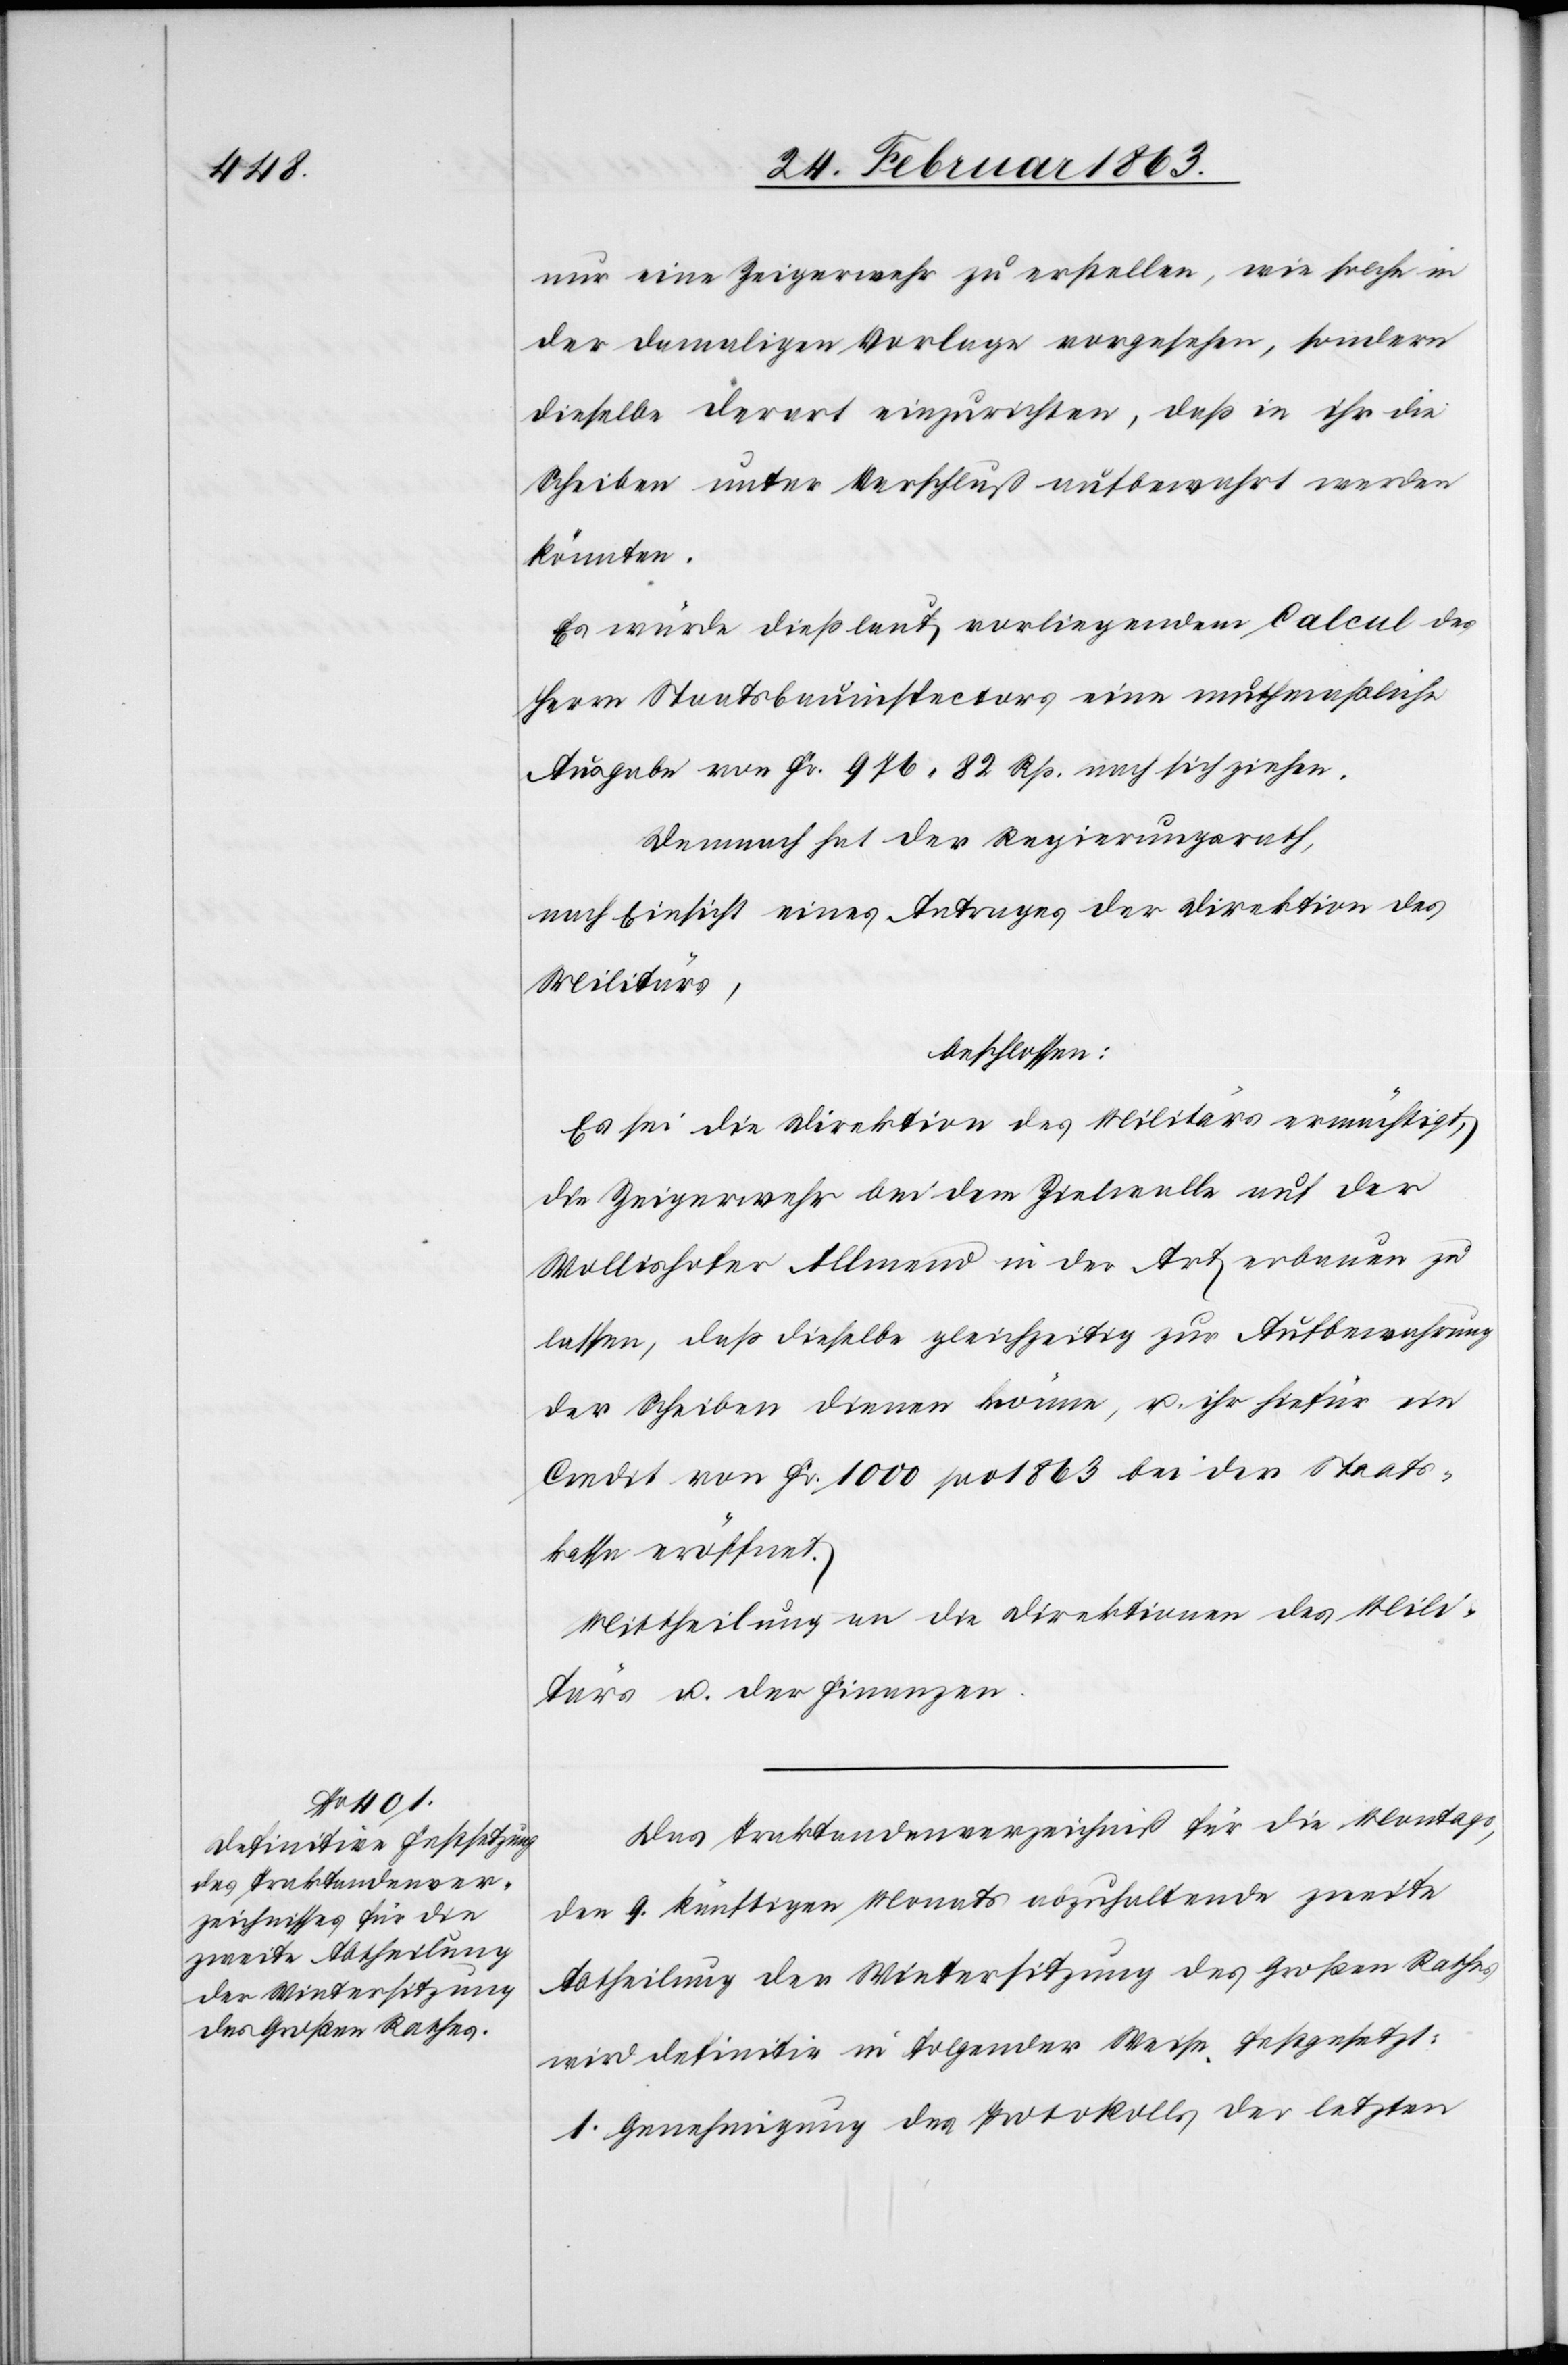
nur eine Zeigerwehr zu erstellen, wie solche in
der damaligen Vorlage vorgesehen, sondern
dieselbe derart einzurichten, daß in ihr die
Scheiben unter Verschluß aufbewahrt werden
könnten.
Es würde dieß laut vorliegendem Calcul des
Herrn Staatsbauinspectors eine muthmaßliche
Ausgabe von Fr. 976. 82 Rp. nach sich ziehen.
Demnach hat der Regierungsrath,
nach Einsicht eines Antrages der Direktion des
Militärs,
beschlossen:
Es sei die Direktion des Militärs ermächtigt,
die Zeigerwehr bei dem Zielwalle auf der
Wollishofer Allmend in der Art erbauen zu
lassen, daß dieselbe gleichzeitig zur Aufbewahrung
der Scheiben dienen könne, u. ihr hiefür ein
Credit von Fr. 1000 pro 1863 bei der Staats¬
kasse eröffnet.
Mittheilung an die Direktionen des Mili¬
tärs u. der Finanzen.
Das Traktandenverzeichniß für die Montags,
den 9. künftigen Monats abzuhaltende zweite
Abtheilung der Wintersitzung des Großen Rathes
wird definitiv in folgender Weise festgesetzt:
1. Genehmigung des Protokolls der letzten